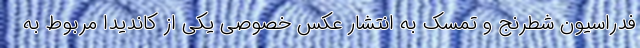
فدراسیون شطرنج و تمسک به انتشار عکس خصوصی یکی از کاندیدا مربوط به